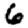
Digit: 6